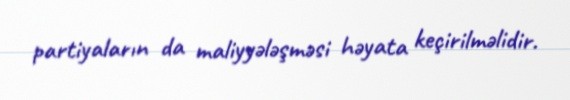
partiyaların da maliyyələşməsi həyata keçirilməlidir.